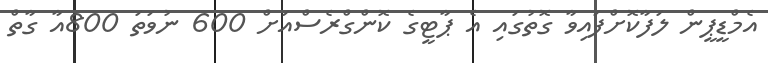
އެމްޑީޕީން ލަފާކޮށްފައިވާ ގޮތުގައި އެ ޕާޓީގެ ކޮންގްރެސްއަށް 600 ނުވަތަ 800އާ ގާތް